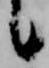
候